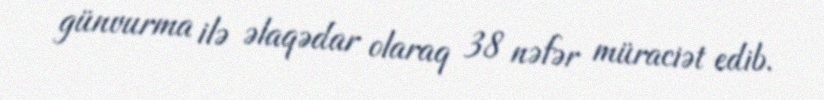
günvurma ilə əlaqədar olaraq 38 nəfər müraciət edib.